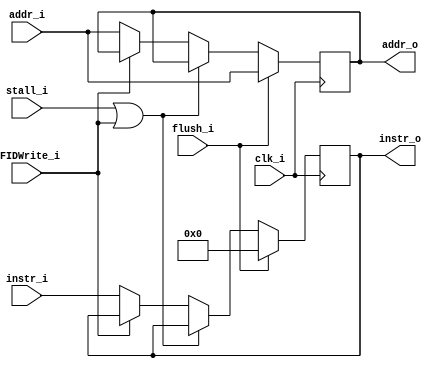
module IF_ID
(
	clk_i,
	addr_i,
	instr_i,
	IFIDWrite_i,
	flush_i,
	stall_i,
	addr_o,
	instr_o
);

input			clk_i;
input		[31:0]	addr_i, instr_i;
input			IFIDWrite_i, flush_i, stall_i;
output reg	[31:0]	addr_o, instr_o;

always@(negedge clk_i) begin
	if(flush_i == 1) begin
		addr_o <= addr_i;
		instr_o <= 32'b0;
	end
	else if(stall_i || IFIDWrite_i) begin
		//stall
	end
	else if(IFIDWrite_i == 0) begin
		addr_o <= addr_i;
		instr_o <= instr_i;
	end
end

endmodule